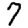
Digit: 7